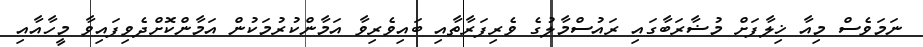
ނަމަވެސް މިއާ ޚިލާފަށް މުޟާރަބާގައި ރައުސްމާލުގެ ވެރިފަރާތާއި ބައިވެރިވާ އަމާންކުރުމަކުން އަމާންކޮށްދެވިފައިވާ މީހާއާއި